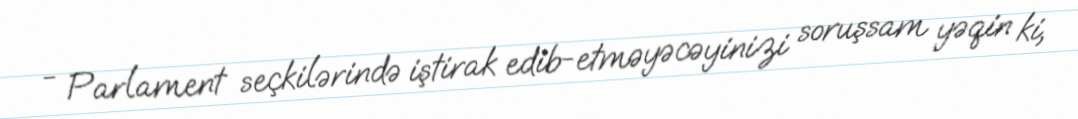
- Parlament seçkilərində iştirak edib-etməyəcəyinizi soruşsam yəqin ki,